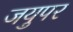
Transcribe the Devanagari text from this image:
जयुपर